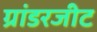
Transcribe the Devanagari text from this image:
ग्रांडरजीट